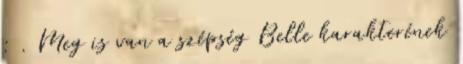
: . Meg is van a szépség Belle karakterének